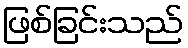
ဖြစ်ခြင်းသည်